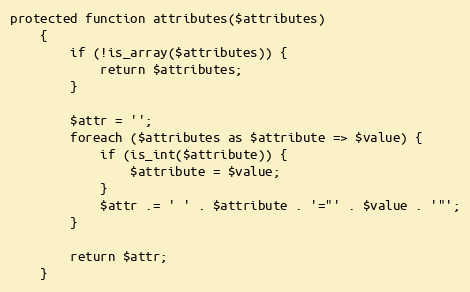
Language: PHP
protected function attributes($attributes)
    {
        if (!is_array($attributes)) {
            return $attributes;
        }

        $attr = '';
        foreach ($attributes as $attribute => $value) {
            if (is_int($attribute)) {
                $attribute = $value;
            }
            $attr .= ' ' . $attribute . '="' . $value . '"';
        }

        return $attr;
    }